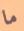
ما